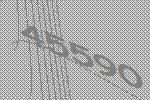
45590